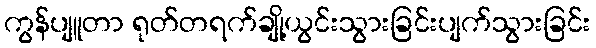
ကွန်ပျူတာ ရုတ်တရက်ချို့ယွင်းသွားခြင်းပျက်သွားခြင်း